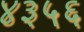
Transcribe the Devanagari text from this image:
४३५६